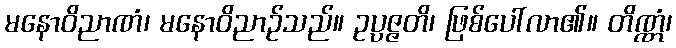
မနောဝိညာဏံ၊ မနောဝိညာဉ်သည်။ ဥပ္ပဇ္ဇတိ၊ ဖြစ်ပေါ်လာ၏။ တိဏ္ဏံ၊